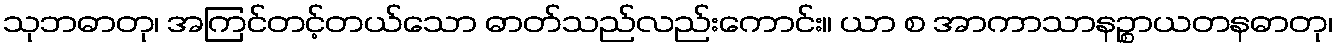
သုဘဓာတု၊ အကြင်တင့်တယ်သော ဓာတ်သည်လည်းကောင်း။ ယာ စ အာကာသာနဉ္စာယတနဓာတု၊